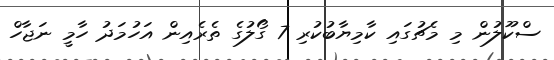
ސްކޫލުން މި މެޗުގައި ކާމިޔާބުކުރި 7 ގޯލުގެ ތެރެއިން އަހުމަދު ހާމީ ނަޖާހް